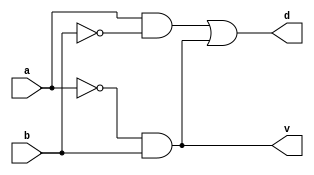
`timescale 1ns / 1ps
//////////////////////////////////////////////////////////////////////////////////
// Company: 
// Engineer: 
// 
// Design Name: 
// Module Name: halfsubtractor
// Project Name: 
// Target Devices: 
// Tool Versions: 
// Description: 
// 
// Dependencies: 
// 
// Revision:
// Revision 0.01 - File Created
// Additional Comments:
// 
//////////////////////////////////////////////////////////////////////////////////


module halfsub(output reg d,v,input a,b);
always @ *
begin
d= a&~b|~a&b;//difference
v=~a&b;//borrow
end
endmodule